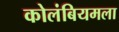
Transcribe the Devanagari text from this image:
कोलंबियमला